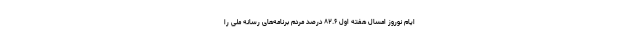
ایام نوروز امسال هفته اول ۸۲.۶ درصد مردم برنامه‌های رسانه ملی را